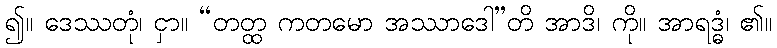
၍။ ဒေဿတုံ၊ ငှာ။ “တတ္ထ ကတမော အဿာဒေါ”တိ အာဒိ၊ ကို။ အာရဒ္ဓံ၊ ၏။